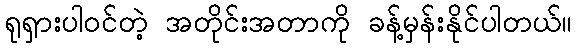
ရုရှားပါဝင်တဲ့ အတိုင်းအတာကို ခန့်မှန်းနိုင်ပါတယ်။